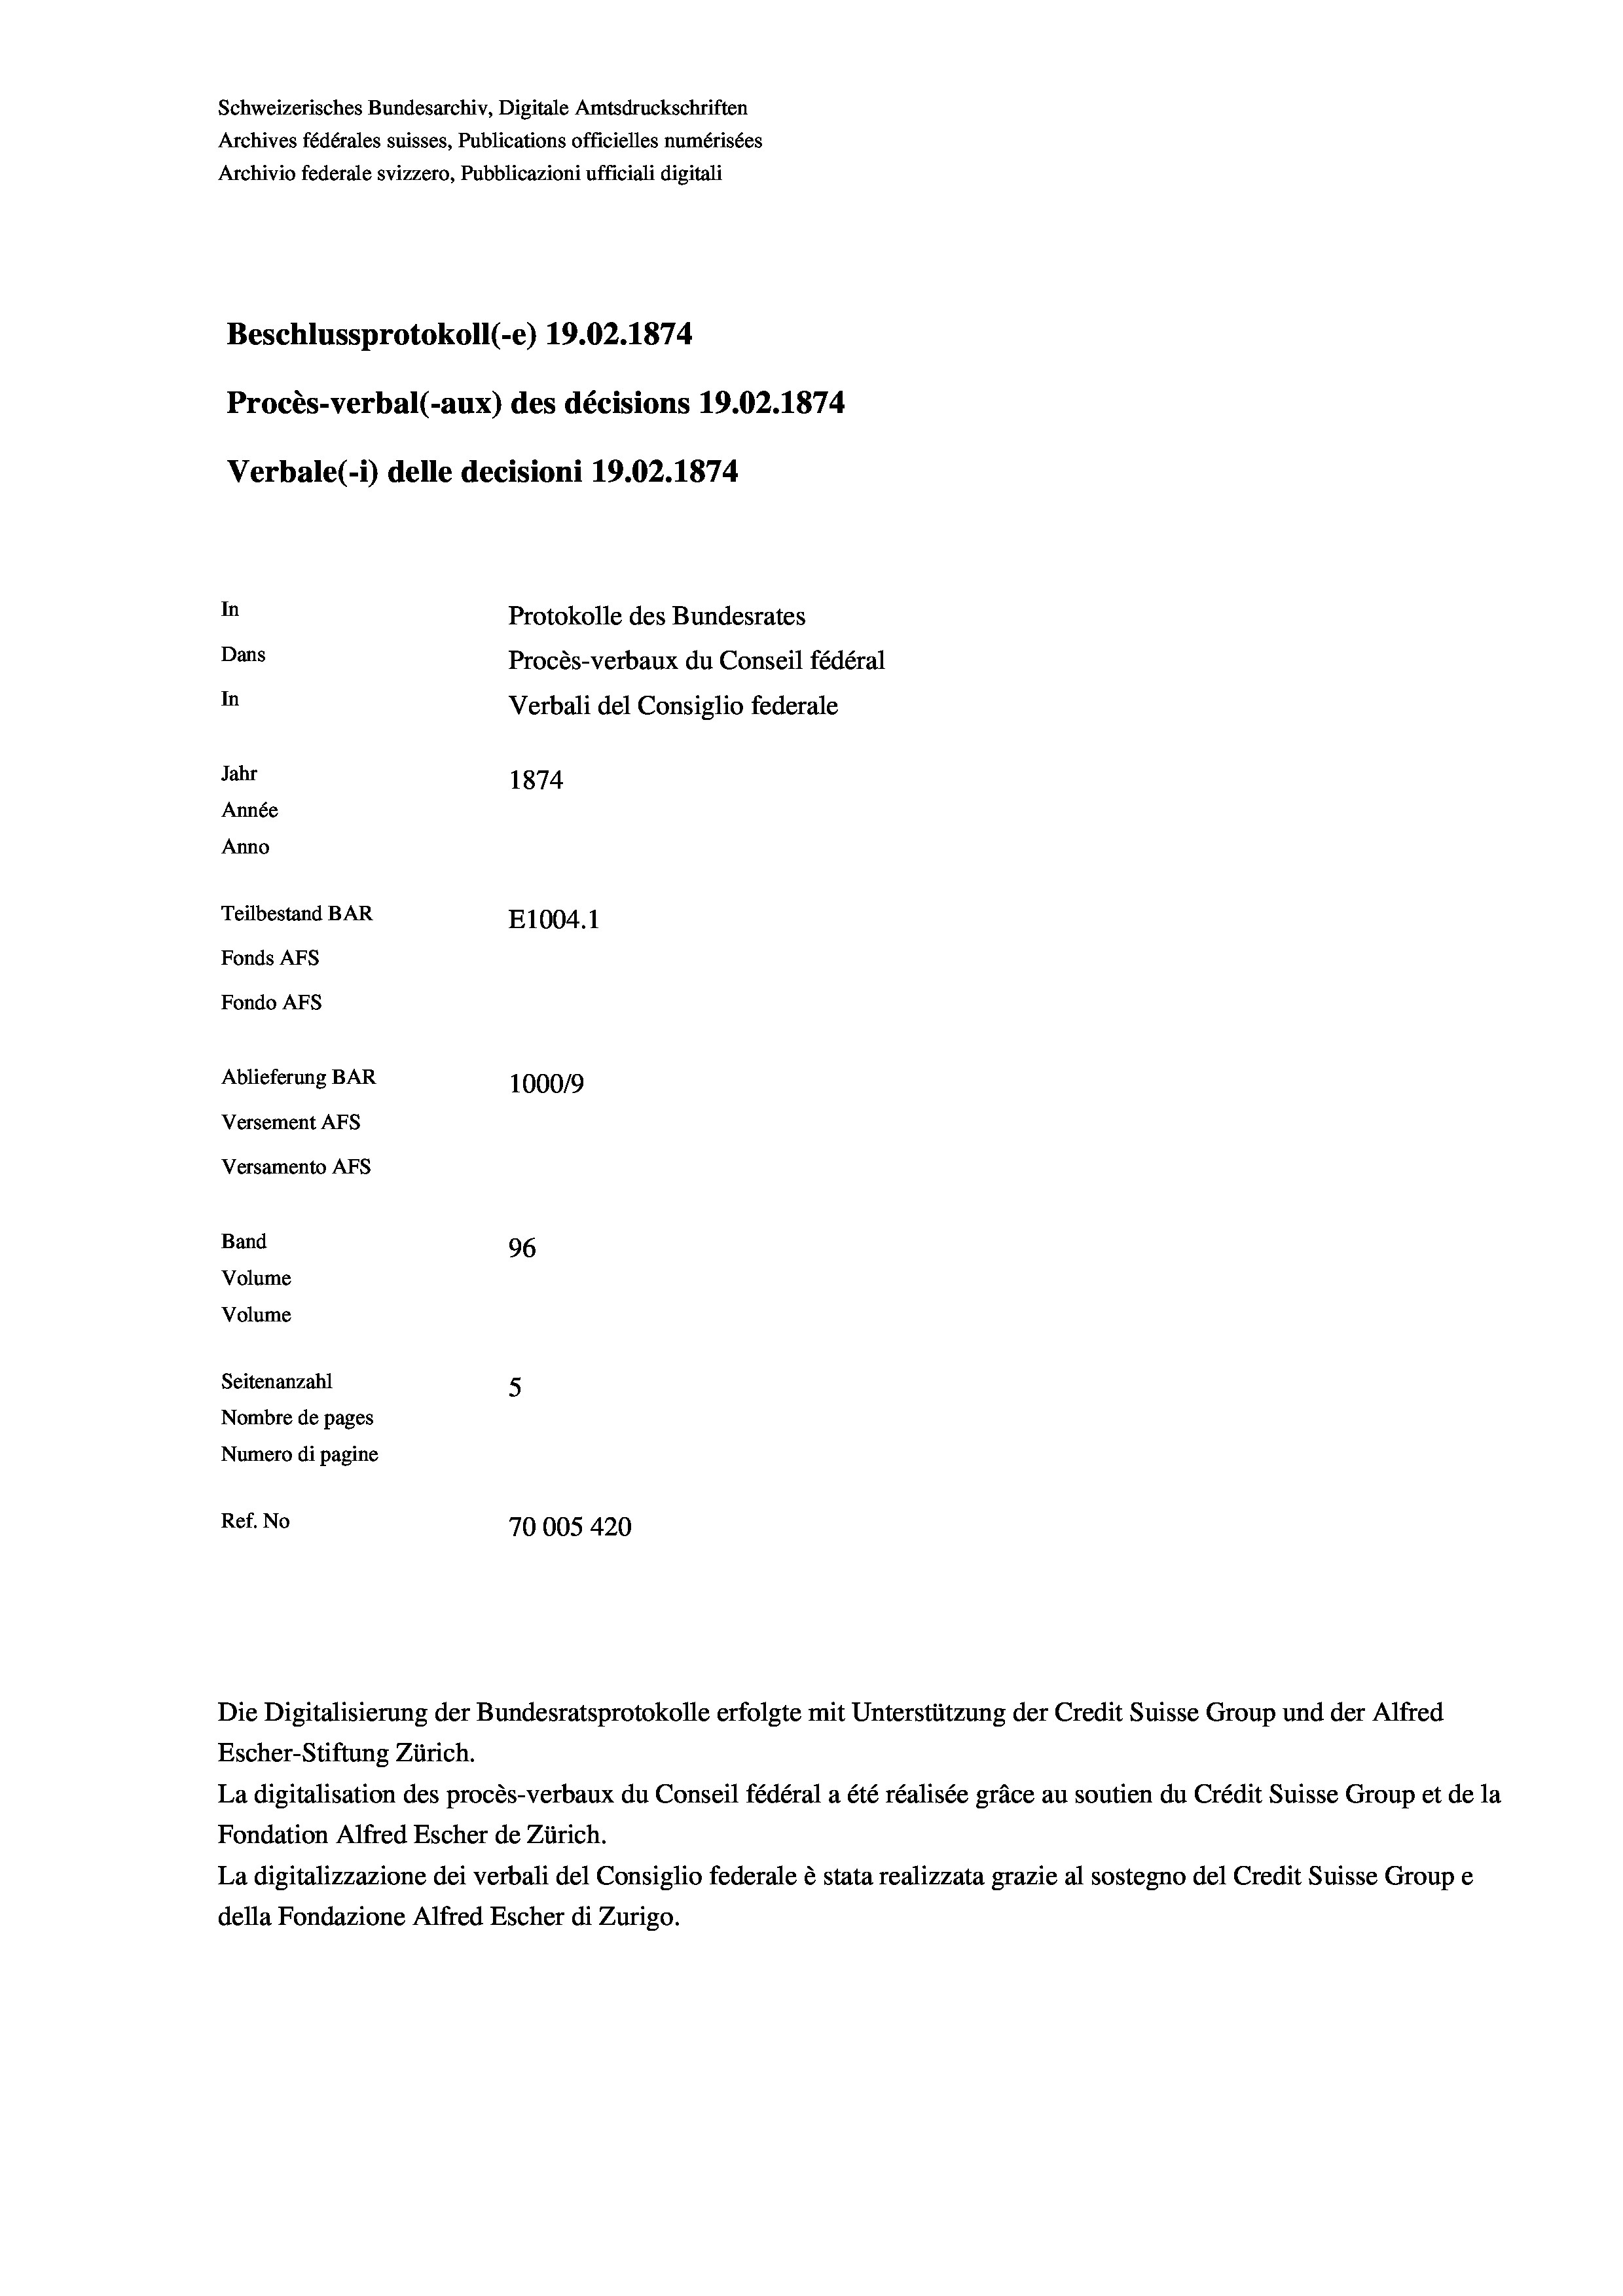
Schweizerisches Bundesarchiv, Digitale Amtsdruckschriften
Archives fédérales suisses, Publications officielles numérisées
Archivio federale svizzero, Pubblicazioni ufficiali digitali
Beschlussprotokoll (-e) 19.02. 1874
Procès-verbal (-aux) des décisions 19.02. 1874
Verbale (i) delle decisioni 19.02. 1874
In
Protokolle des Bundesrates
Dans
Procès-verbaux du Conseil fédéral
In
Verbali del Consiglio federale
Jahr
1874
Année
Anno
Teilbestand BAR
E1004. 1
Fonds AFs
Fondo AFs
Ablieferung BAR
100019
Versement Abs
Versamento AFs
Band
96
Volume
Volume
Seitenanzahl
5
Nombre de pages
Numero di pagine

Ref. No
70005 420

La digitalisation des procès-verbaux du Conseil fédéral a été réalisée gräce au soutien du Crédit Suisse Group et de la
Fondation Alfred Escher de Zürich.
La digitalizzazione dei verbali del Consiglio federale è stata realizzata grazie al sostegno del Credit Suisse Groupe
della Fondazione Alfred Escher di Zurigo.

Die Digitalisierung der Bundesratsprotokolle erfolgte mit Unterstützung der Credit Suisse Group und der Alfred
Escher-Stiftung Zürich.